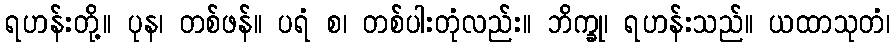
ရဟန်းတို့။ ပုန၊ တစ်ဖန်။ ပရံ စ၊ တစ်ပါးတုံလည်း။ ဘိက္ခု၊ ရဟန်းသည်။ ယထာသုတံ၊